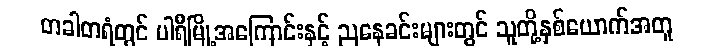
တခါတရံတွင် ပါရီမြို့အကြောင်းနှင့် ညနေခင်းများတွင် သူတို့နှစ်ယောက်အတူ